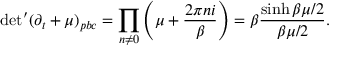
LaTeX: \mathrm { d e t } ^ { \prime } ( \partial _ { t } + \mu ) _ { p b c } = \prod _ { n \neq 0 } \left( \mu + \frac { 2 \pi n i } { \beta } \right) = \beta \frac { \sinh \beta \mu / 2 } { \beta \mu / 2 } .